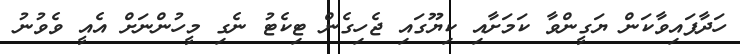
ހަދާފައިވާކަން ޔަގީންވާ ކަމަށާއި ކިޔޫގައި ޖެހިގެން ޓިކެޓު ނެގި މީހުންނަށް އެއީ ވެވުނު